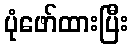
ပုံဖော်ထားပြီး